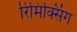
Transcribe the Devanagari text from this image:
रिमिक्सिंग